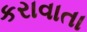
કરાવાતા